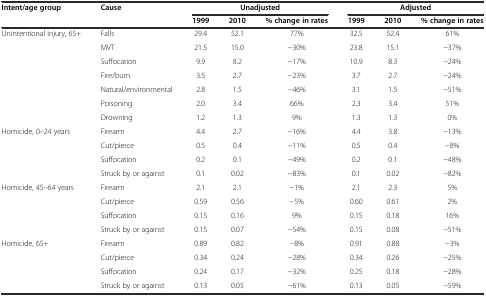
| Intent/age group | Cause | <COLSPAN=3> Unadjusted | <COLSPAN=3> Adjusted |
 |  |  | 1999 | 2010 | % change in rates | 1999 | 2010 | % change in rates |
 | --- | --- | --- | --- | --- | --- | --- | --- |
 | <ROWSPAN=7> Unintentional injury, 65+ | Falls | 29.4 | 52.1 | 77% | 32.5 | 52.4 | 61% |
 | MVT | 21.5 | 15.0 | -30% | 23.8 | 15.1 | -37% |
 | Suffocation | 9.9 | 8.2 | -17% | 10.9 | 8.3 | -24% |
 | Fire/burn | 3.5 | 2.7 | -23% | 3.7 | 2.7 | -24% |
 | Natural/environmental | 2.8 | 1.5 | -46% | 3.1 | 1.5 | -51% |
 | Poisoning | 2.0 | 3.4 | 66% | 2.3 | 3.4 | 51% |
 | Drowning | 1.2 | 1.3 | 9% | 1.3 | 1.3 | 0% |
 | <ROWSPAN=4> Homicide, 0–24 years | Firearm | 4.4 | 2.7 | -16% | 4.4 | 3.8 | -13% |
 | Cut/pierce | 0.5 | 0.4 | -11% | 0.5 | 0.4 | -8% |
 | Suffocation | 0.2 | 0.1 | -49% | 0.2 | 0.1 | -48% |
 | Struck by or against | 0.1 | 0.02 | -83% | 0.1 | 0.02 | -82% |
 | <ROWSPAN=4> Homicide, 45–64 years | Firearm | 2.1 | 2.1 | -1% | 2.1 | 2.3 | 5% |
 | Cut/pierce | 0.59 | 0.56 | -5% | 0.60 | 0.61 | 2% |
 | Suffocation | 0.15 | 0.16 | 9% | 0.15 | 0.18 | 16% |
 | Struck by or against | 0.15 | 0.07 | -54% | 0.15 | 0.08 | -51% |
 | <ROWSPAN=3> Homicide, 65+ | Firearm | 0.89 | 0.82 | -8% | 0.91 | 0.88 | -3% |
 | Cut/pierce | 0.34 | 0.24 | -28% | 0.34 | 0.26 | -25% |
 | Suffocation | 0.24 | 0.17 | -32% | 0.25 | 0.18 | -28% |
 |  | Struck by or against | 0.13 | 0.05 | -61% | 0.13 | 0.05 | -59% |